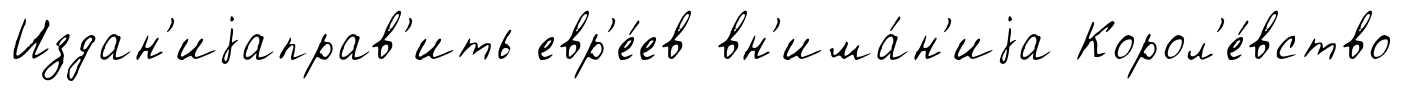
Издан'иjаправ'ить евр'е́ев вн'има́н'иjа Корол'е́вство